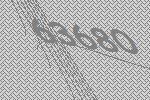
63680